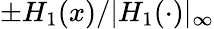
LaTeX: \pm H_{1}(x)/|H_{1}(\cdot)|_{\infty}